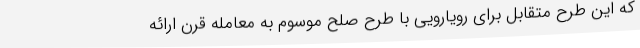
که این طرح متقابل برای رویارویی با طرح صلح موسوم به معامله قرن ارائه